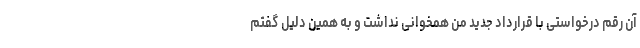
آن رقم درخواستی با قرارداد جدید من همخوانی نداشت و به همین دلیل گفتم